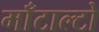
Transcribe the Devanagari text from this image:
माँटाल्टो